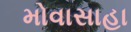
મોવાસાહા